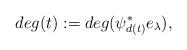
LaTeX: \begin{align*} deg(t):=deg(\psi_{d(t)}^* e_{\lambda}),\end{align*}